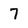
Character: 7